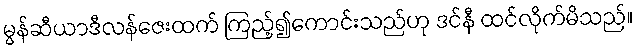
မွန်ဆီယာဒီလန်ဇေးထက် ကြည့်၍ကောင်းသည်ဟု ဒင်နီ ထင်လိုက်မိသည်။